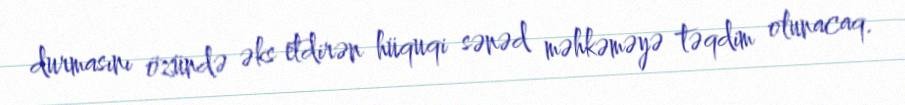
durmasını özündə əks etdirən hüquqi sənəd məhkəməyə təqdim olunacaq.